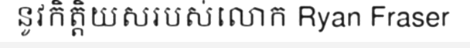
នូវកិត្តិយសរបស់លោក Ryan Fraser